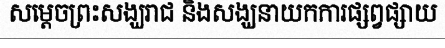
សម្តេចព្រះសង្ឃរាជ និងសង្ឃនាយកការផ្សព្វផ្សាយ